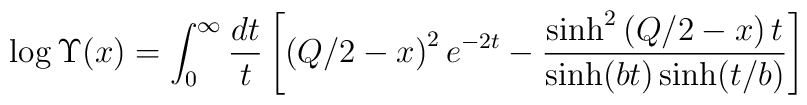
\log\Upsilon(x)=\int_{0}^{\infty}\frac{dt}{t}\left[  \left(  Q/2-x\right)^{2}e^{-2t}-\frac{\sinh^{2}\left(  Q/2-x\right)  t}{\sinh(bt)\sinh(t/b)}\right]